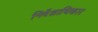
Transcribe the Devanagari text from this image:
निर्देशाधिकार